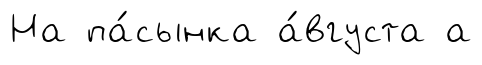
На па́сынка а́вгуста а